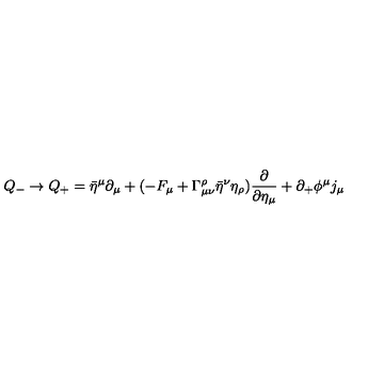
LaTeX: Q _ { - } \to Q _ { + } = \bar { \eta } ^ { \mu } \partial _ { \mu } + ( - F _ { \mu } + \Gamma _ { \mu \nu } ^ { \rho } \bar { \eta } ^ { \nu } \eta _ { \rho } ) { \frac { \partial } { \partial \eta _ { \mu } } } + \partial _ { + } \phi ^ { \mu } j _ { \mu }